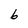
Character: 6